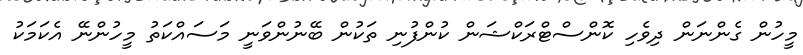
މީހުން ގެންނަން ދިވެހި ކޮންސްޓްރަކްޝަން ކުންފުނި ތަކުން ބޭނުންވަނީ މަސައްކަތު މީހުންނޭ އެކަމަކު